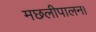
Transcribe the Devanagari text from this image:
मछलीपालन।